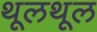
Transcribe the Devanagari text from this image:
थूलथूल